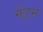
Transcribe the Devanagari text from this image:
मेंड्रम